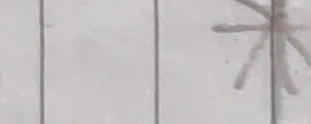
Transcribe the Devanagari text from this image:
क